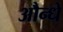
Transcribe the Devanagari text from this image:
औन्धे